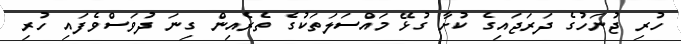
ހުރި ޖުނަހުގެ ދަރަޖައިގެ ކުށާ ގުޅޭ މައްސަލަތަކުގެ ތެރެއިން ގިނަ ދުވަސްވެފައި ހުރި